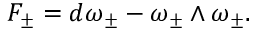
F _ { \pm } = d \omega _ { \pm } - \omega _ { \pm } \wedge \omega _ { \pm } .